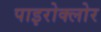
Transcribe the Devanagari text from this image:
पाइरोक्लोर